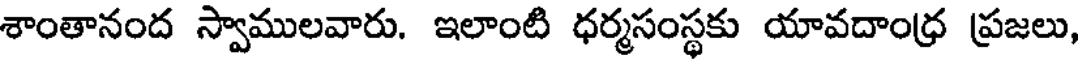
శాంతానంద స్వాములవారు. ఇలాంటి ధర్మసంస్థకు యావదాంధ్ర ప్రజలు,